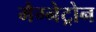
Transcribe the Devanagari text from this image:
मैग्नेट्रोन